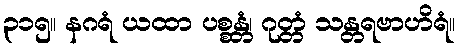
၃၁၅။ နဂရံ ယထာ ပစ္စန္တံ၊ ဂုတ္တံ သန္တရဗာဟိရံ။